Studies on the mouth parts a Comparative anatomy of the proboscis in the blood-sucking muscidae - Number 60
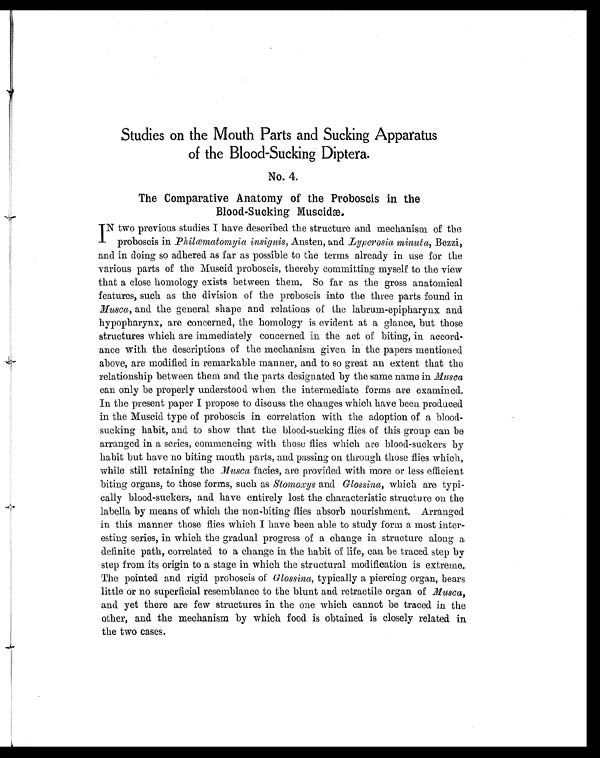
S tudies on the Mouth Parts and Sucking Apparatus
of the Blood-Sucking Diptera.
N o. 4.
T he Comparative Anatomy of the Proboscis in the
Blood-Sucking Muscidæ.
I N two previous studies I have described the structure and mechanism of the
proboscis in Philœmatomyia insignis, Ansten, and Lyperosia minuta, Bezzi,
and in doing so adhered as far as possible to the terms already in use for the
various parts of the Muscid proboscis, thereby committing myself to the view
that a close homology exists between them. So far as the gross anatomical
features, such as the division of the proboscis into the three parts found in
Musca, and the general shape and relations of the labrum-epipharynx and
hypopharynx, are concerned, the homology is evident at a glance, but those
structures which are immediately concerned in the act of biting, in accord-
ance with the descriptions of the mechanism given in the papers mentioned
above, are modified in remarkable manner, and to so great an extent that the
relationship between them and the parts designated by the same name in Musca
can only be properly understood when the intermediate forms are examined.
In the present paper I propose to discuss the changes which have been produced
in the Muscid type of proboscis in correlation with the adoption of a blood-
sucking habit, and to show that the blood-sucking flies of this group can be
arranged in a series, commencing with those flies which are blood-suckers by
habit but have no biting mouth parts, and passing on through those flies which,
while still retaining the Musca facies, are provided with more or less efficient
biting organs, to those forms, such as Stomoxys and Glossina, which are typi-
cally blood-suckers, and have entirely lost the characteristic structure on the
labella by means of which the non-biting flies absorb nourishment. Arranged
in this manner those flies which I have been able to study form a most inter-
esting series, in which the gradual progress of a change in structure along a
definite path, correlated to a change in the habit of life, can be traced step by
step from its origin to a stage in which the structural modification is extreme.
The pointed and rigid proboscis of Glossina, typically a piercing organ, bears
little or no superficial resemblance to the blunt and retractile organ of Musca,
and yet there are few structures in the one which cannot be traced in the
other, and the mechanism by which food is obtained is closely related in
the two cases.